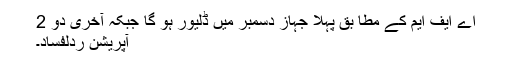
اے ایف ایم کے مطا بق پہلا جہاز دسمبر میں ڈلیور ہو گا جبکہ آخری دو 2
آپریشن ردلفساد۔